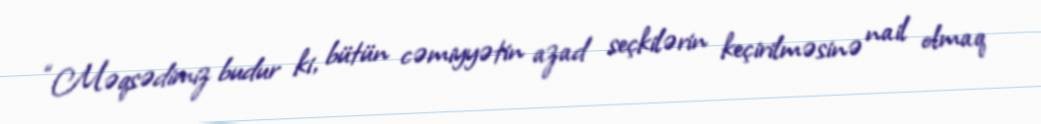
“Məqsədimiz budur ki, bütün cəmiyyətin azad seçkilərin keçirilməsinə nail olmaq